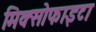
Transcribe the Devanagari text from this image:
मिक्सोफाइटा